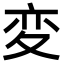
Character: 変